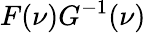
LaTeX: F(\nu)G^{-1}(\nu)